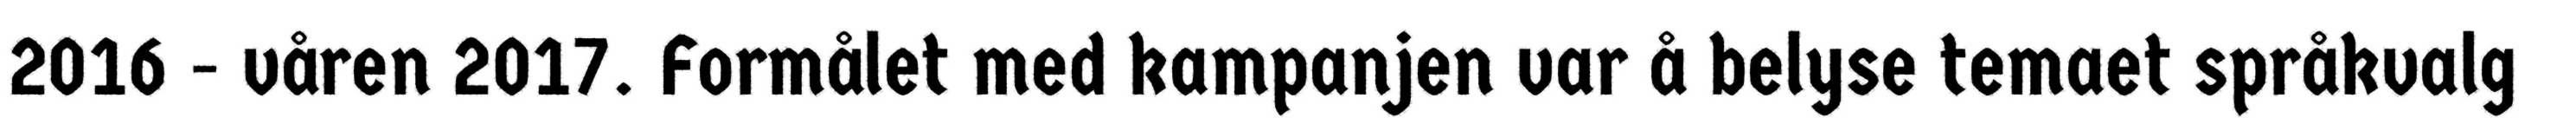
2016 - våren 2017. Formålet med kampanjen var å belyse temaet språkvalg